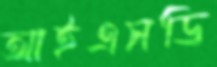
আইএসডি